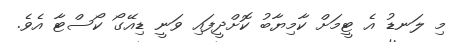
މި ލަނޑު އެ ޓީމަށް ކާމިޔާބު ކޮށްދީފައި ވަނީ ޑިއޭގޯ ކޯސްޓާ އެވެ.